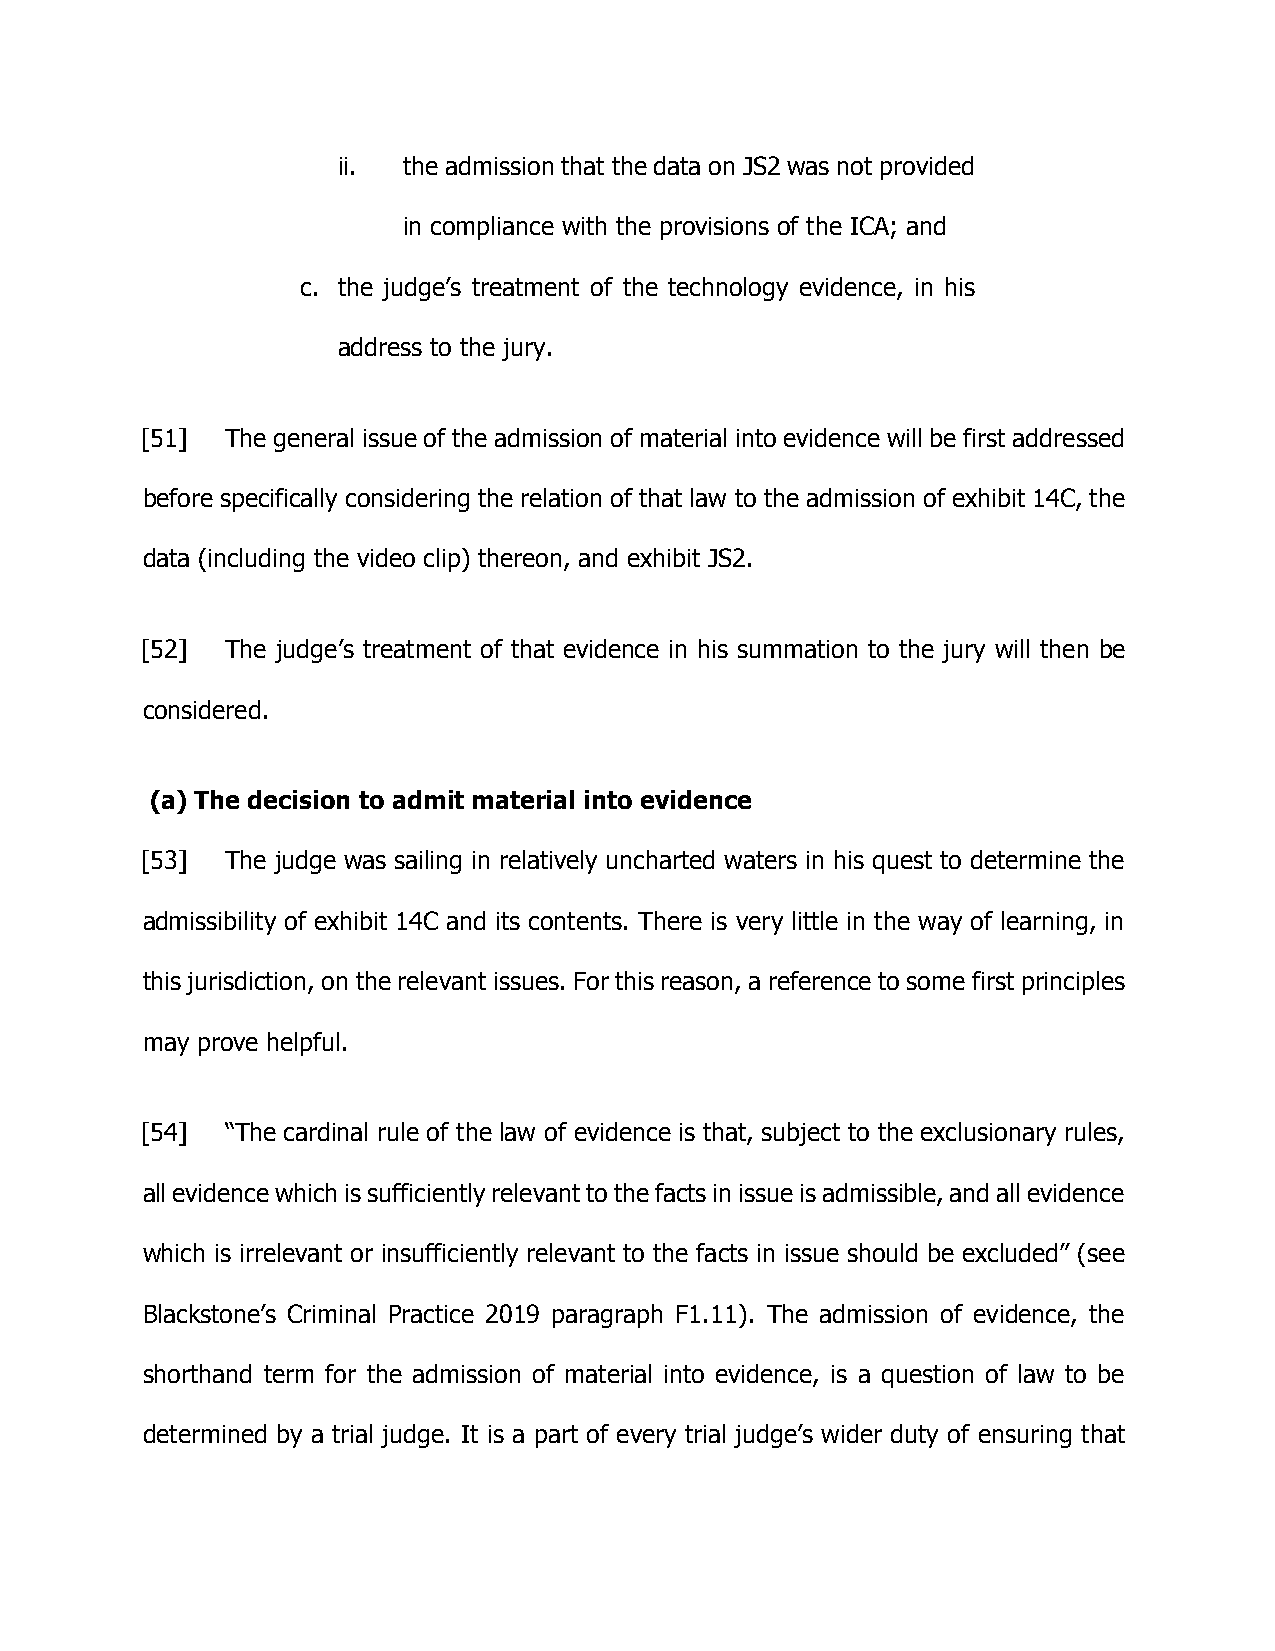
ii.  the admission that the data on JS2 was not provided
 in compliance with the provisions of the ICA; and
 c. the judge’s treatment of the technology evidence, in his
 address to the jury.
 [51]  The general issue of the admission of material into evidence will be first addressed
 before specifically considering the relation of that law to the admission of exhibit 14C, the
 data (including the video clip) thereon, and exhibit JS2.
 [52]  The judge’s treatment of that evidence in his summation to the jury will then be
 considered.
 (a) The decision to admit material into evidence
 [53]  The judge was sailing in relatively uncharted waters in his quest to determine the
 admissibility of exhibit 14C and its contents. There is very little in the way of learning, in
 this jurisdiction, on the relevant issues. For this reason, a reference to some first principles
 may prove helpful.
 [54]  “The cardinal rule of the law of evidence is that, subject to the exclusionary rules,
 all evidence which is sufficiently relevant to the facts in issue is admissible, and all evidence
 which is irrelevant or insufficiently relevant to the facts in issue should be excluded” (see
 Blackstone’s Criminal Practice 2019 paragraph F1.11). The admission of evidence, the
 shorthand term for the admission of material into evidence, is a question of law to be
 determined by a trial judge. It is a part of every trial judge’s wider duty of ensuring that